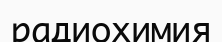
радиохимия